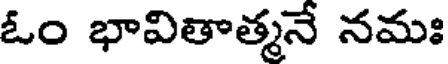
ఓం భావితాత్మనే నమః